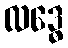
လဒ္ဓေ